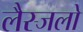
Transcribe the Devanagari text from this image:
लैस्जलो